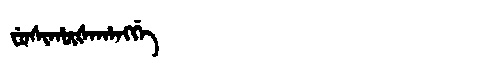
Manchu: ᠸᡠᠰᡳᡥᡡᡧᠠᡥᠠᠩᡤᡝ
Romanization: FUSIHŪŠAHANGGE